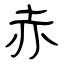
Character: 赤